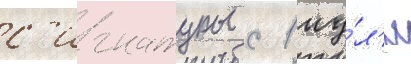
с'игнатуры с 1 иу́л'я